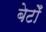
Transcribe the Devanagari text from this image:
बेटोँ